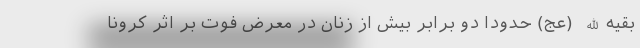
بقیه‌الله (عج) حدوداً دو برابر بیش از زنان در معرض فوت بر اثر کرونا